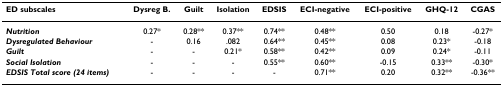
| ED subscales | Dysreg B. | Guilt | Isolation | EDSIS | ECI-negative | ECI-positive | GHQ-12 | CGAS |
 | --- | --- | --- | --- | --- | --- | --- | --- | --- |
 | Nutrition | 0.27* | 0.28** | 0.37** | 0.74** | 0.48** | 0.50 | 0.18 | -0.27* |
 | Dysregulated Behaviour | - | 0.16 | .082 | 0.64** | 0.45** | 0.08 | 0.23* | -0.18 |
 | Guilt | - | - | 0.21* | 0.58** | 0.42** | 0.09 | 0.24* | -0.11 |
 | Social Isolation | - | - | - | 0.55** | 0.60** | -0.15 | 0.33** | -0.30* |
 | EDSIS Total score (24 items) | - | - | - | - | 0.71** | 0.20 | 0.32** | -0.36** |